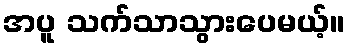
အပူ သက်သာသွားပေမယ့်။